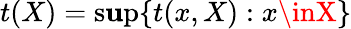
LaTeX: t(X)=\operatorname*{s\mathbf{u}p}\{ t(x,X):x\inX\}